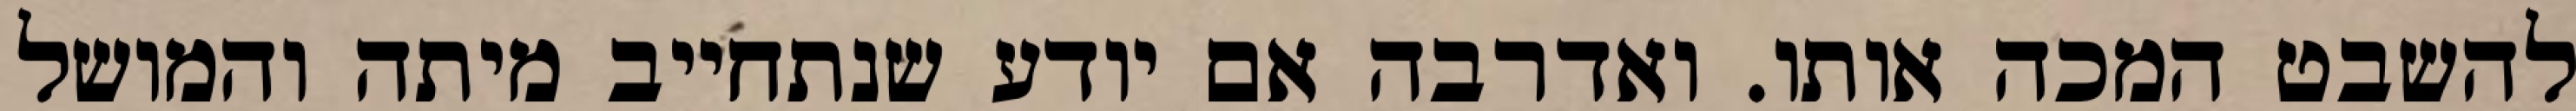
להשבט המכה אותו. ואדרבה אם יודע שנתחייב מיתה והמושל